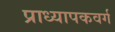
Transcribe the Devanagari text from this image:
प्राध्यापकवर्ग